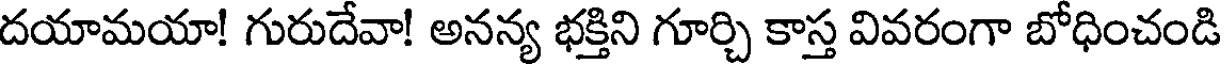
దయామయా! గురుదేవా! అనన్య భక్తిని గూర్చి కాస్త వివరంగా బోధించండి